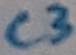
Text: C3